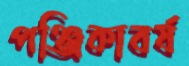
পঞ্জিকাবর্ষ